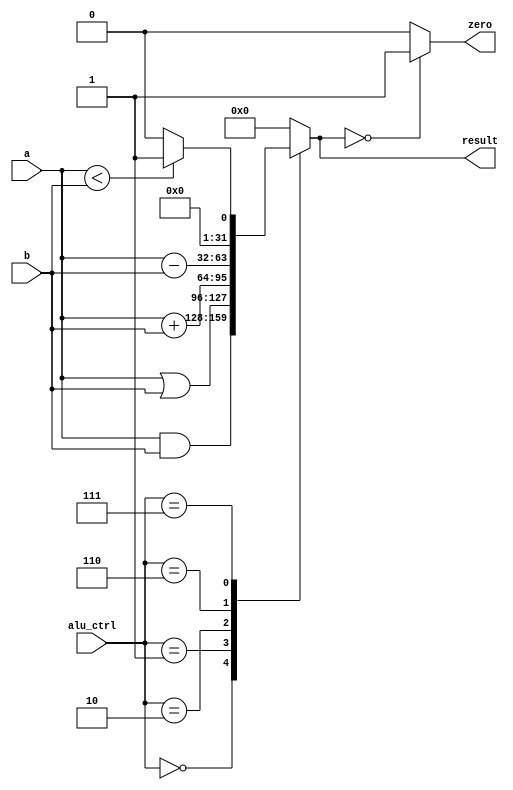
module ALU (
    input [31:0] a, // operando A
    input [31:0] b, // operando B
    input [3:0] alu_ctrl, // sinal de controle da ALU
    output reg [31:0] result, // resultado da ALU
    output reg zero // sinal zero
);

    always @(*) begin
        case (alu_ctrl)
            3'b000: result = a & b; // AND
            3'b001: result = a | b; // OR
            3'b010: result = a + b; // ADD
            3'b110: result = a - b; // SUB
            3'b111: result = (a < b) ? 32'b1 : 32'b0; // SLT
            default: result = 32'b0; // DEFAULT
        endcase
        zero = (result == 32'b0) ? 1 : 0; // set zero flag
    end

endmodule